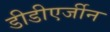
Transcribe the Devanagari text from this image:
डीडीएर्जीन